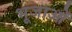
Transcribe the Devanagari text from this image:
भूजाओं